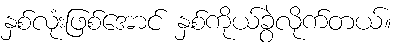
နှစ်လုံးဖြစ်အောင် နှစ်ကိုယ်ခွဲလိုက်တယ်။